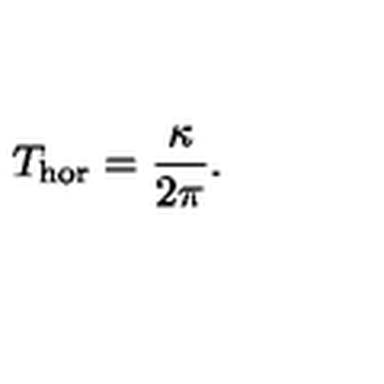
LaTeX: T _ { \mathrm { h o r } } = \frac { \kappa } { 2 \pi } .